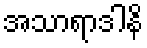
အသာရာဒါနိ